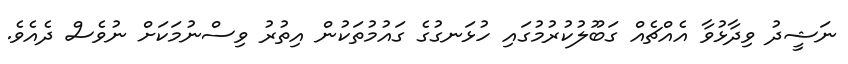
ނަޝީދު ވިދާޅުވާ އެއްޗެއް ގަބޫލުކުރުމުގައި ހުޅަނގުގެ ގައުމުތަކުން އިތުރު ވިސްނުމަކަށް ނުވެސް ދެއެވެ.